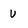
Character: U